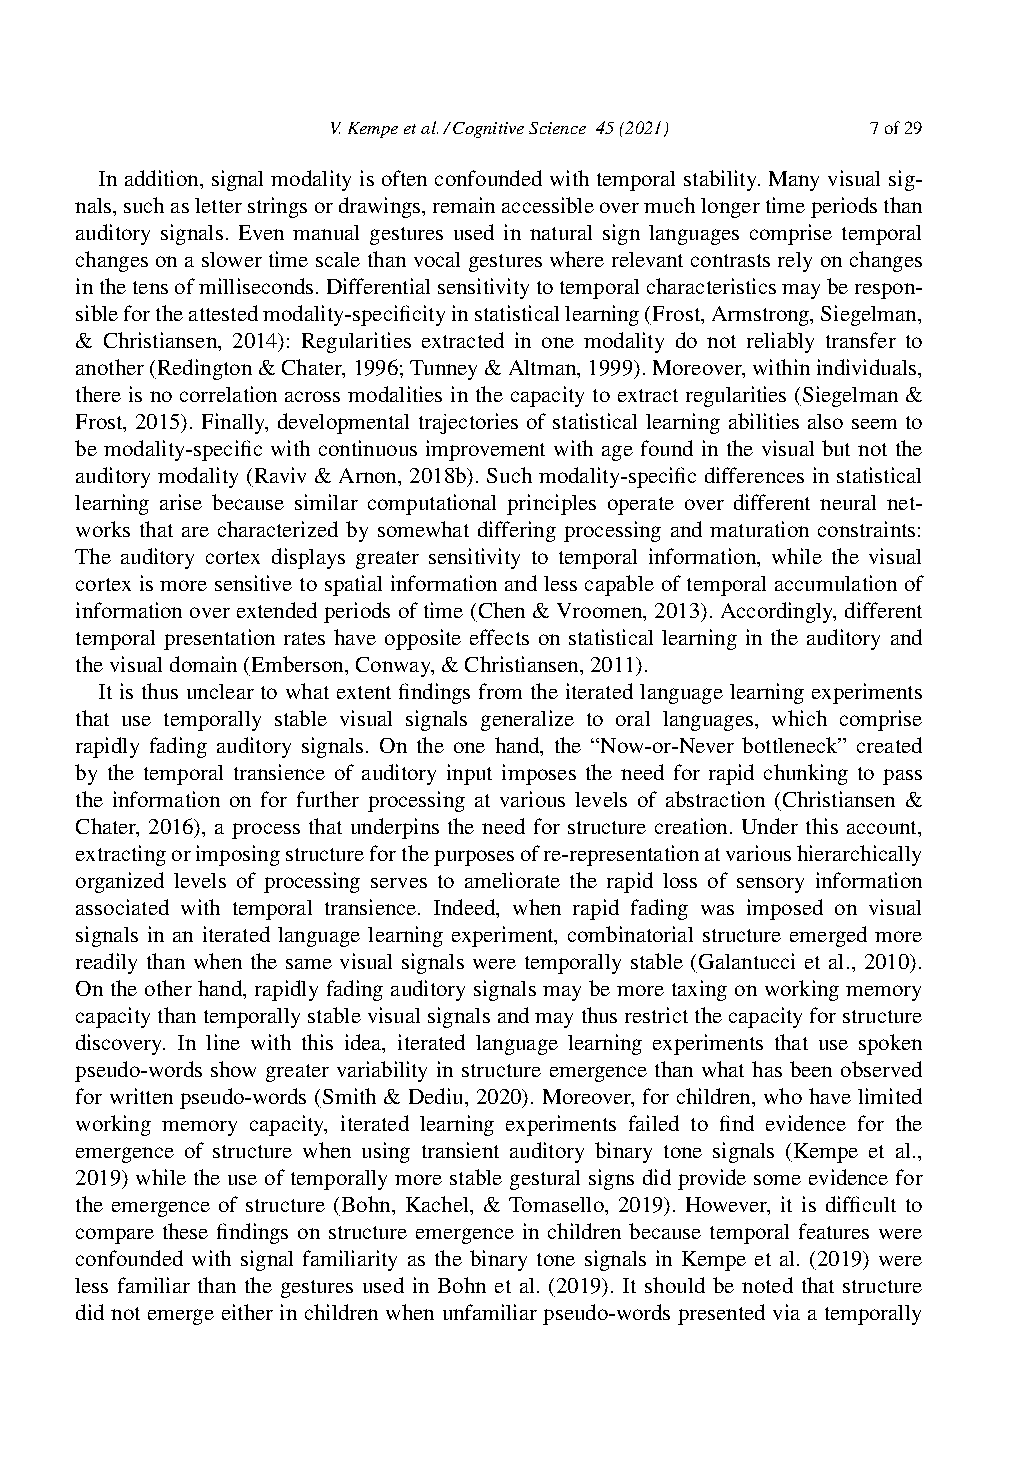
V.Kempeetal./CognitiveScience 45(2021) 7of29
 In addition, signal modality is often confounded with temporal stability. Many visual sig-
 nals,suchasletterstringsordrawings,remainaccessibleovermuchlongertimeperiodsthan
 auditory signals. Even manual gestures used in natural sign languages comprise temporal
 changes on a slower time scale than vocal gestures where relevant contrasts rely on changes
 inthetensofmilliseconds.Differentialsensitivitytotemporalcharacteristicsmayberespon-
 siblefortheattestedmodality-specificityinstatisticallearning(Frost,Armstrong,Siegelman,
 & Christiansen, 2014): Regularities extracted in one modality do not reliably transfer to
 another(Redington&Chater,1996;Tunney&Altman,1999).Moreover,withinindividuals,
 there is no correlation across modalities in the capacity to extract regularities (Siegelman &
 Frost, 2015). Finally, developmental trajectories of statistical learning abilities also seem to
 be modality-specific with continuous improvement with age found in the visual but not the
 auditory modality (Raviv & Arnon, 2018b). Such modality-specific differences in statistical
 learning arise because similar computational principles operate over different neural net-
 works that are characterized by somewhat differing processing and maturation constraints:
 The auditory cortex displays greater sensitivity to temporal information, while the visual
 cortex is more sensitive to spatial information and less capable of temporal accumulation of
 information over extended periods of time (Chen & Vroomen, 2013). Accordingly, different
 temporal presentation rates have opposite effects on statistical learning in the auditory and
 thevisualdomain(Emberson,Conway,&Christiansen,2011).
 It is thus unclear to what extent findings from the iterated language learning experiments
 that use temporally stable visual signals generalize to oral languages, which comprise
 rapidly fading auditory signals. On the one hand, the “Now-or-Never bottleneck” created
 by the temporal transience of auditory input imposes the need for rapid chunking to pass
 the information on for further processing at various levels of abstraction (Christiansen &
 Chater, 2016), a process that underpins the need for structure creation. Under this account,
 extractingorimposingstructureforthepurposesofre-representationatvarioushierarchically
 organized levels of processing serves to ameliorate the rapid loss of sensory information
 associated with temporal transience. Indeed, when rapid fading was imposed on visual
 signals in an iterated language learning experiment, combinatorial structure emerged more
 readily than when the same visual signals were temporally stable (Galantucci et al., 2010).
 On the other hand, rapidly fading auditory signals may be more taxing on working memory
 capacitythantemporallystablevisualsignalsandmaythusrestrictthecapacityforstructure
 discovery. In line with this idea, iterated language learning experiments that use spoken
 pseudo-words show greater variability in structure emergence than what has been observed
 for written pseudo-words (Smith & Dediu, 2020). Moreover, for children, who have limited
 working memory capacity, iterated learning experiments failed to find evidence for the
 emergence of structure when using transient auditory binary tone signals (Kempe et al.,
 2019) while the use of temporally more stable gestural signs did provide some evidence for
 the emergence of structure (Bohn, Kachel, & Tomasello, 2019). However, it is difficult to
 compare these findings on structure emergence in children because temporal features were
 confounded with signal familiarity as the binary tone signals in Kempe et al. (2019) were
 less familiar than the gestures used in Bohn et al. (2019). It should be noted that structure
 did not emerge either in children when unfamiliar pseudo-words presented via a temporally